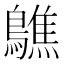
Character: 𪆄